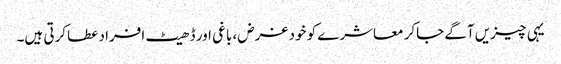
یہی چیزیں آگے جاکر معاشرے کو خود غرض، باغی اور ڈھیٹ افراد عطا کرتی ہیں۔